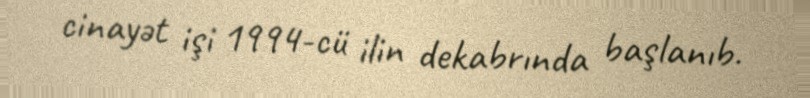
cinayət işi 1994-cü ilin dekabrında başlanıb.